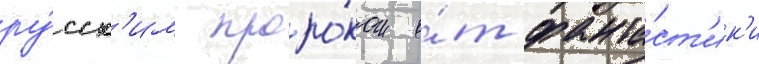
ру́сск'им проро́ком о́т фанта́ст'ик'и